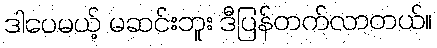
ဒါပေမယ့် မဆင်းဘူး ဒီပြန်တက်လာတယ်။